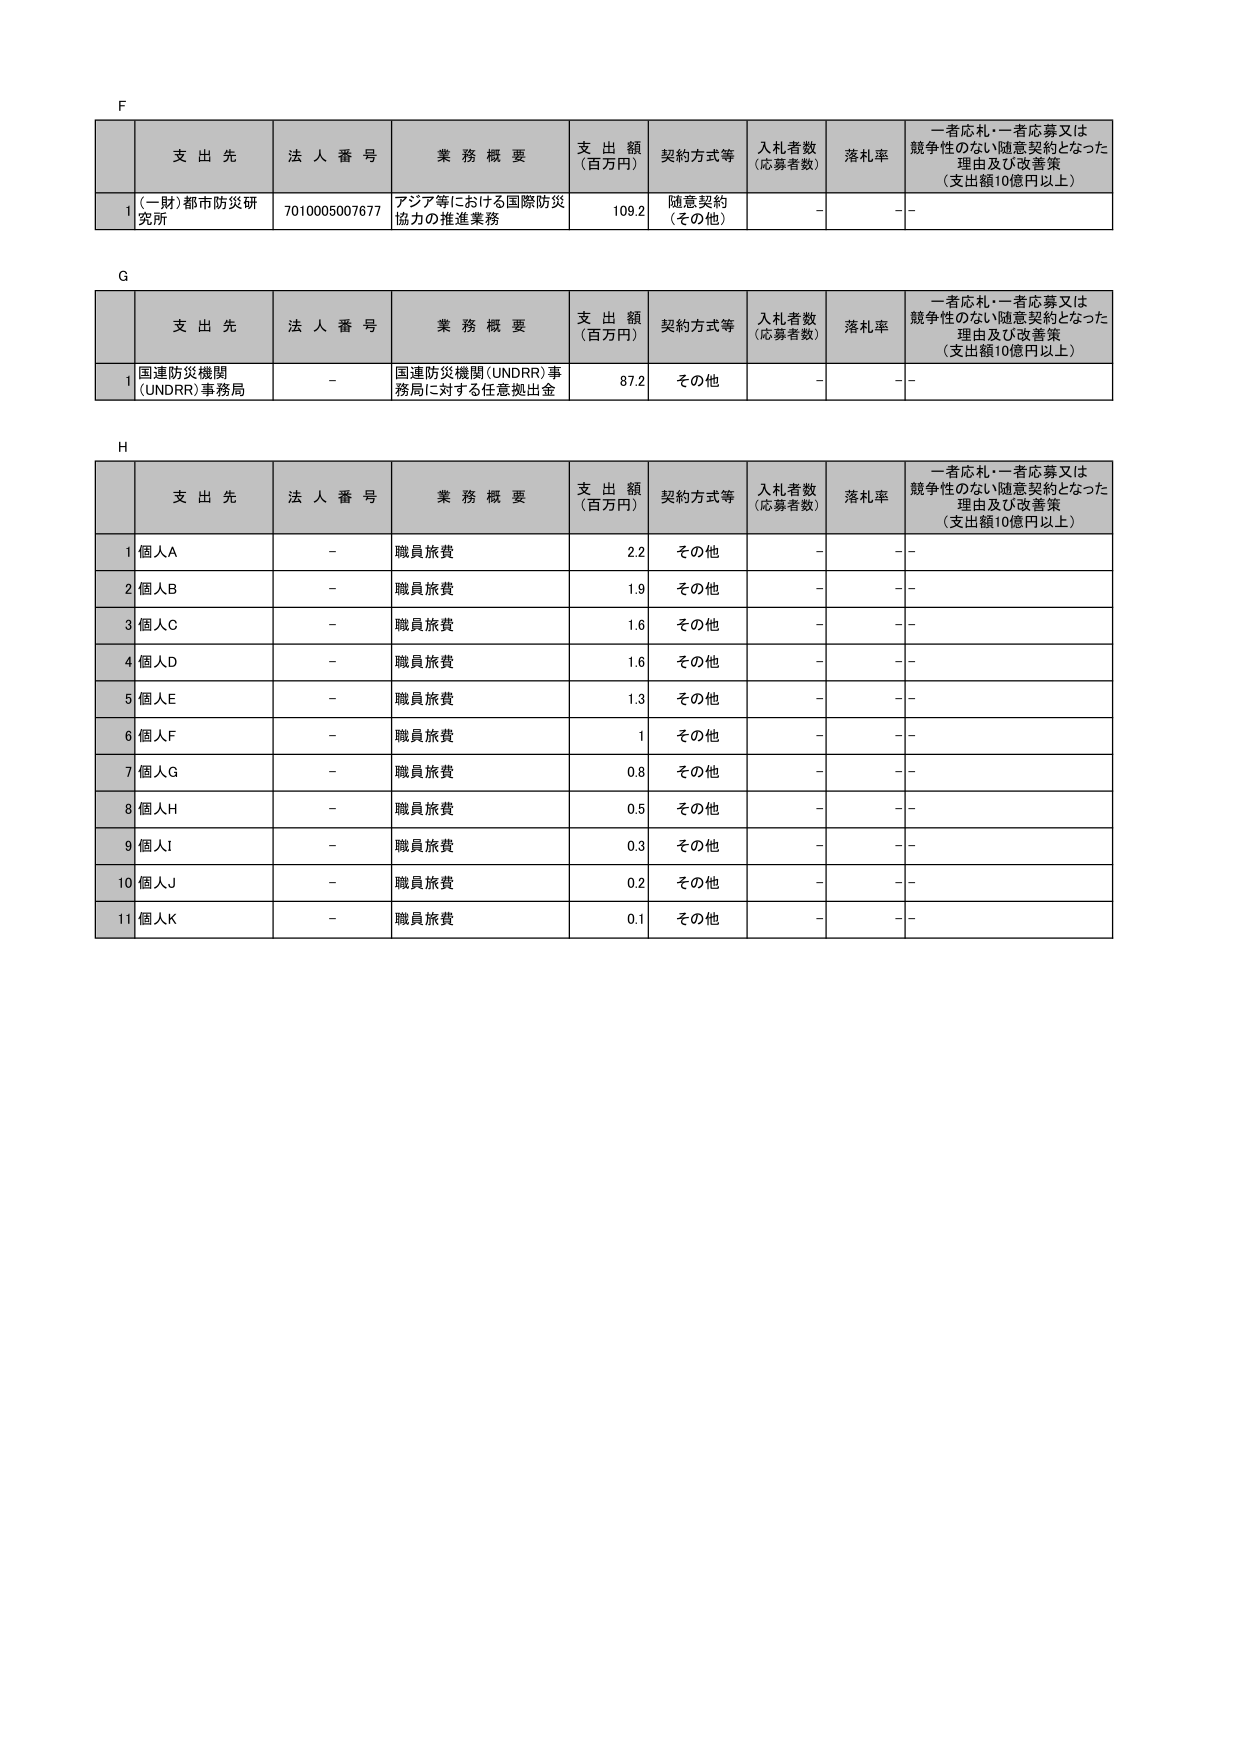
F

支 出 先 法 人 番 号 業 務 概 要 支 出 額 （百万円） 契約方式等 入札者数 （応募者数） 落札率 一者応札・一者応募又は 競争性のない随意契約となった 理由及び改善策 （支出額10億円以上）

1 (一財)都市防災研究所 7010005007677 アジア等における国際防災 協力の推進業務 109.2 随意契約 （その他） - - -

G

支 出 先 法 人 番 号 業 務 概 要 支 出 額 （百万円） 契約方式等 入札者数 （応募者数） 落札率 一者応札・一者応募又は 競争性のない随意契約となった 理由及び改善策 （支出額10億円以上）

1 国連防災機関 (UNDRR) 事務局 - 国連防災機関(UNDRR)事務局に対する任意拠出金 87.2 その他 - - -

H

支 出 先 法 人 番 号 業 務 概 要 支 出 額 （百万円） 契約方式等 入札者数 （応募者数） 落札率 一者応札・一者応募又は 競争性のない随意契約となった 理由及び改善策 （支出額10億円以上）

1 個人A - 職員旅費 2.2 その他 - - -

2 個人B - 職員旅費 1.9 その他 - - -

3 個人C - 職員旅費 1.6 その他 - - -

4 個人D - 職員旅費 1.6 その他 - - -

5 個人E - 職員旅費 1.3 その他 - - -

6 個人F - 職員旅費 1 その他 - - -

7 個人G - 職員旅費 0.8 その他 - - -

8 個人H - 職員旅費 0.5 その他 - - -

9 個人I - 職員旅費 0.3 その他 - - -

10 個人J - 職員旅費 0.2 その他 - - -

11 個人K - 職員旅費 0.1 その他 - - -